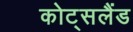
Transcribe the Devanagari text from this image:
कोट्सलैंड